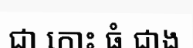
ជា កោះ ធំ ជាង